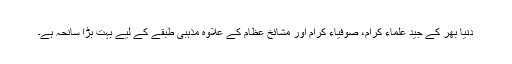
دنیا بھر کے جید علماء کرام، صوفیاء کرام اور مشائخ عظام کے علاوہ مذہبی طبقے کے لیے بہت بڑا سانحہ ہے۔